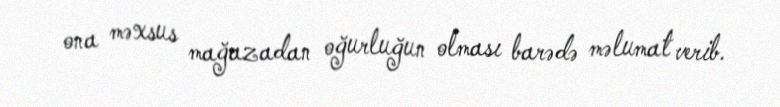
ona məxsus mağazadan oğurluğun olması barədə məlumat verib.